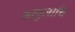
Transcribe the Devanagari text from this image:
आपुलाचि